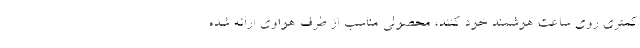
کمتری روی ساعت هوشمند خود کنند، محصولی مناسب از طرف هواوی ارائه شده